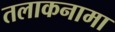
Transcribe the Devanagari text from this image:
तलाकनामा